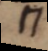
⊓